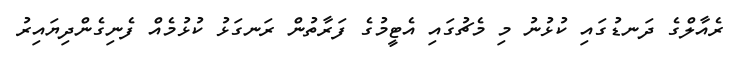
ރެއާލްގެ ދަނޑުގައި ކުޅުނު މި މެޗުގައި އެޓީމުގެ ފަރާތުން ރަނގަޅު ކުޅުމެއް ފެނިގެންދިޔައިރު